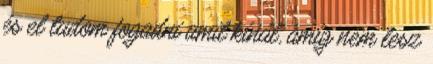
és el tudom fogadni amit kínál, amíg nem lesz